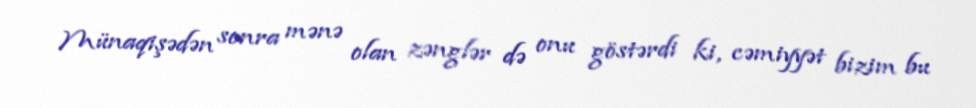
Münaqişədən sonra mənə olan zənglər də onu göstərdi ki, cəmiyyət bizim bu